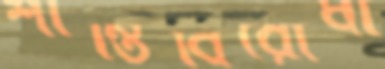
শান্তিবিরোধী